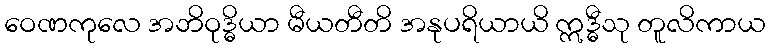
ဝေဏကုလေ အဘိဝုဒ္ဓိယာ မီယတီတိ အနုပရိယာယိ ဣဒ္ဓီသု တူလိကာယ